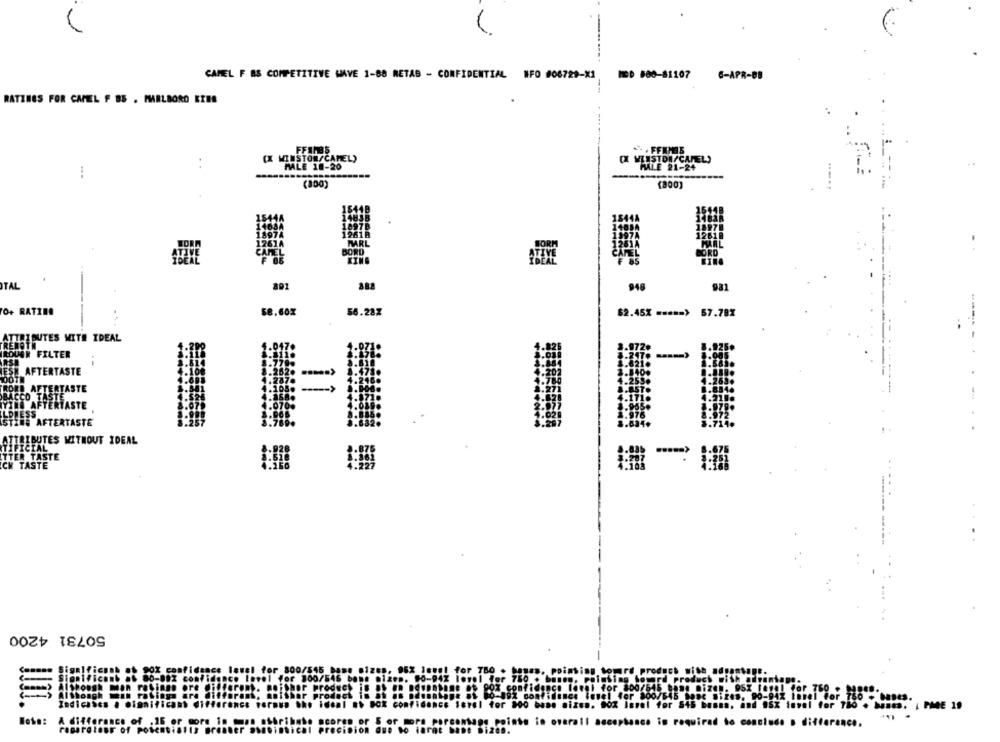
MED 800-81107
CAMEL F BS COMPETITIVE WAVE 1-88 RETAB - CONFIDENTIAL NFO #06729-X1
6-APR-88
RATINGS FOR CAPEEL F BS . MARLBORO EINE
. . FEMMES
FFAR35
[X WINSTON/CAMEL)
WINSTON/CAMELS
MALE 18-20
PALE 21-24
...
(100)
(800)
--.
TORA
MRL
BORD
TOCAL
TAL
801
948
931
O+ RATING
58.60%
56.28%
$2.45% ===== > 67.78%
ATTRIBUTES WITH IDEAL
TRENOTH
ROUAN FILTER
FEST AFTERTASTE
AFTERTASTE
CO FFEHFASTE
LDRESS
STINE AFTERTASTE
.... .
ATTRIBUTES WITHOUT IDEAL
ITTER TASTE
ICK TASTE
50731 4200
Significant .t
Significant at
al for
Although Mil
ice level for ao
for
for 84
for 788 . mine." , PME 19
A difference of . 16 or
pointe io overall acceptance is required to conclude a difference.
ragaretour of Pot